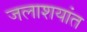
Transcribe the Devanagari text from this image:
जलाशयांत